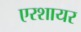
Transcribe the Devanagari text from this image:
एरशायर